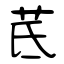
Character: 茋